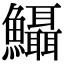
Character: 𩽪